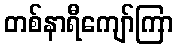
တစ်နာရီကျော်ကြာ